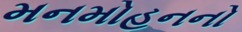
મનમોહનનો